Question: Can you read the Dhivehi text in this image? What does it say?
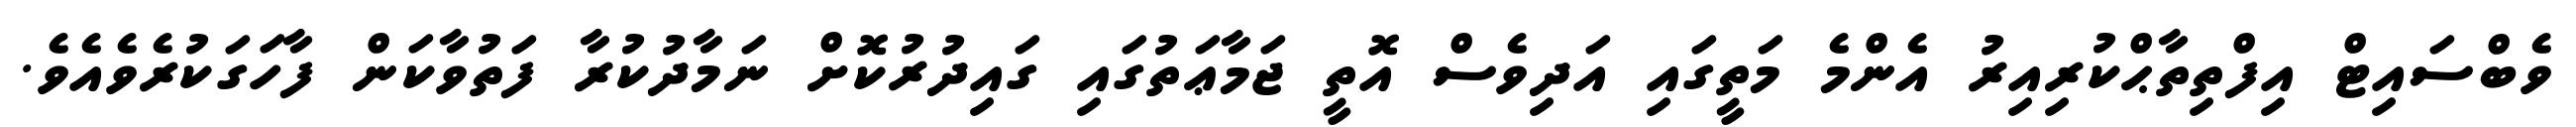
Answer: ވެބްސައިޓް އިފްތިތާޙްކުރިއިރު އެންމެ މަތީގައި އަދިވެސް އޮތީ ޖަމާޢަތުގައި ގައިދުރުކޮށް ނަމާދުކުރާ ފަތުވާކަން ފާހަގަކުރެވެއެވެ.